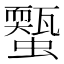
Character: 𧓐